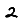
Digit: 2